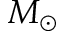
M _ { \odot }